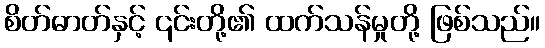
စိတ်ဓာတ်နှင့် ၎င်းတို့၏ ထက်သန်မှုတို့ ဖြစ်သည်။